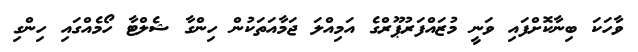
ވާހަކަ ބިނާކޮށްފައި ވަނީ މުޒައްފަރުޕޫރްގެ އަމިއްލަ ޖަމާއަތަކުން ހިންގާ ޝެލްޓާ ހޯމެއްގައި ހިންގި